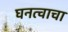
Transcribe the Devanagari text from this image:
घनत्वाचा